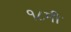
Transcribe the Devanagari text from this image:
१८मी